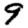
Digit: 9